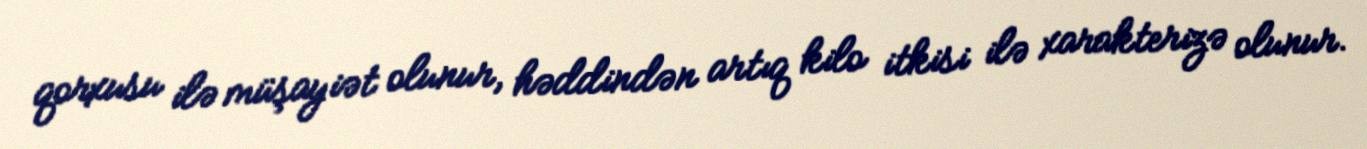
qorxusu ilə müşayiət olunur, həddindən artıq kilo itkisi ilə xarakterizə olunur.